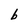
Character: b